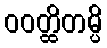
ဝဝတ္ထိတမ္ပိ